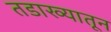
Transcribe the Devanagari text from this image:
तडाख्यातून